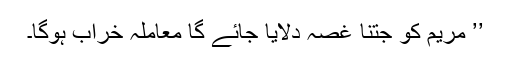
’’ مریم کو جتنا غصہ دلایا جائے گا معاملہ خراب ہوگا۔